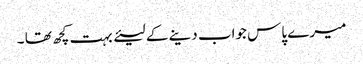
میرے پاس جواب دینے کے لیئے بہت کچھ تھا ۔